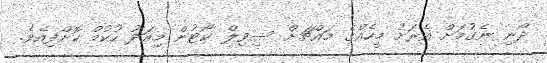
ދޯނި ނެގުމަށް އެރަށު މީހެއްގެ މައްޗަށް ސިވިލް ކޯޓުން މިއަދު ހުކުމް ކޮށްފިއެވެ.